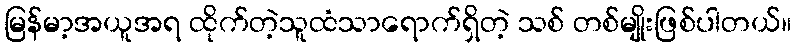
မြန်မာ့အယူအရ ထိုက်တဲ့သူထံသာရောက်ရှိတဲ့ သစ် တစ်မျိုးဖြစ်ပါတယ်။